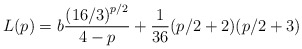
\begin{align*}L(p) = b\frac{\left(16/3\right)^{p/2}}{4-p} + \frac{1}{36}(p/2+2)(p/2+3)\end{align*}